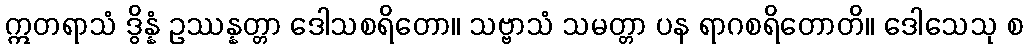
ဣတရာသံ ဒွိန္နံ ဥဿန္နတ္တာ ဒေါသစရိတော။ သဗ္ဗာသံ သမတ္တာ ပန ရာဂစရိတောတိ။ ဒေါသေသု စ